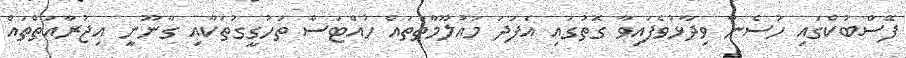
ފޭސްބުކްގައި ހުސެން ވިދާޅުވެފައިވާ ގޮތުގައި އެފަދަ މައުލޫމާތުތައް ހުއްޓަސް ތަހުގީގުތަކާއި ގާނޫނީ އިޖުރާއަތްތައް